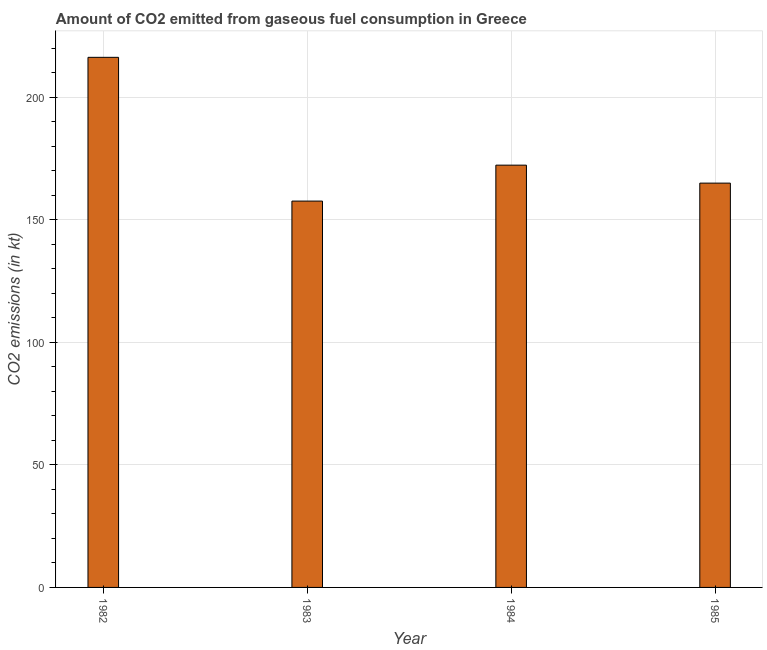
| Year | CO2 emissions from gaseous fuel consumption |
 | --- | --- |
 | 1982 | 216 |
 | 1983 | 158 |
 | 1984 | 172 |
 | 1985 | 165 |